Calcutta medical institutions reports 1879-81 [i.e.91]
Year: 1879
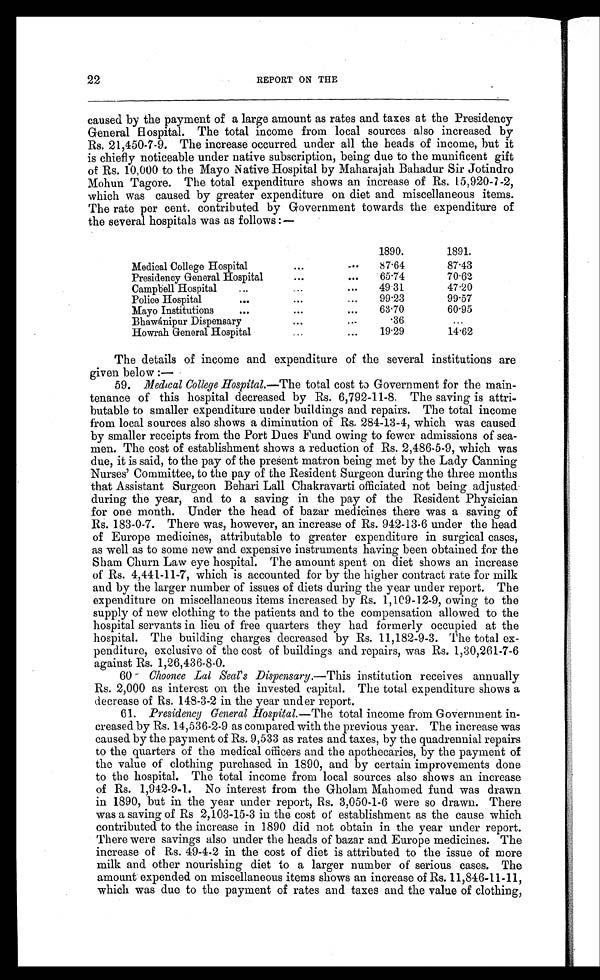
22
REPORT ON THE
caused by the payment of a large amount as rates and taxes at the Presidency
General Hospital. The total income from local sources also increased by
Rs. 21,450-7-9. The increase occurred under all the heads of income, but it
is chiefly noticeable under native subscription, being due to the munificent gift
of Rs. 10,000 to the Mayo Native Hospital by Maharajah Bahadur Sir Jotindro
Mohun Tagore. The total expenditure shows an increase of Rs. 15,920-7-2,
which was caused by greater expenditure on diet and miscellaneous items.
The rate per cent. contributed by Government towards the expenditure of
the several hospitals was as follows:—
1890.
1891.
Medical College Hospital
. . .
. . .
87.64
87.43
Presidency General Hospital
. . .
. . .
65.74
70.62
Campbell Hospital
. . .
...
...
49.31
47.20
Police Hospital
. . .
. . .
...
99.23
99.57
Mayo Institutions
...
. . .
. . .
63.70
60.95
Bhawánipur Dispensary
. . .
. . .
.36
. . .
Howrah General Hospital
...
...
19.29
14.62
The details of income and expenditure of the several institutions are
given below:
—
59. Medical College Hospital.—The total cost to Government for the main-
tenance of this hospital decreased by Rs. 6,792-11-8. The saving is attri-
butable to smaller expenditure under buildings and repairs. The total income
from local sources also shows a diminution of Rs. 284-13-4, which was caused
by smaller receipts from the Port Dues Fund owing to fewer admissions of sea-
men. The cost of establishment shows a reduction of Rs. 2,486-5-9, which was
due, it is said, to the pay of the present matron being met by the Lady Canning
Nurses' Committee, to the pay of the Resident Surgeon during the three months
that Assistant Surgeon Behari Lall Chakravarti officiated not being adjusted
during the year, and to a saving in the pay of the Resident Physician
for one month. Under the head of bazaar medicines there was a saving of
Rs. 183-0-7. There was, however, an increase of Rs. 942-13-6 under the head
of Europe medicines, attributable to greater expenditure in surgical cases,
as well as to some new and expensive instruments having been obtained for the
Sham Churn Law eye hospital. The amount spent on diet shows an increase
of Rs. 4,441-11-7, which is accounted for by the higher contract rate for milk
and by the larger number of issues of diets during the year under report. The
expenditure on miscellaneous items increased by Rs. 1,109-12-9, owing to the
supply of new clothing to the patients and to the compensation allowed to the
hospital servants in lieu of free quarters they had formerly occupied at the
hospital. The building charges decreased by Rs. 11,182-9-3. The total ex-
penditure, exclusive of the cost of buildings and repairs, was Rs. 1,30,261-7-6
against Rs. 1,26,436-8-0.
60. Choonee Lal Seal's Dispensary.—This institution receives annually
Rs. 2,000 as interest on the invested capital. The total expenditure shows a
decrease of Rs. 148-3-2 in the year under report.
61. Presidency General Hospital.— The total income from Government in-
creased by Rs. 14,536-2-9 as compared with the previous year. The increase was
caused by the payment of Rs. 9,533 as rates and taxes, by the quadrennial repairs
to the quarters of the medical officers and the apothecaries, by the payment of
the value of clothing purchased in 1890, and by certain improvements done
to the hospital. The total income from local sources also shows an increase
of Rs. 1,942-9-1. No interest from the Gholam Mahomed fund was drawn
in 1890, but in the year under report, Rs. 3,050-1-6 were so drawn. There
was a saving of Rs 2,103-15-3 in the cost of establishment as the cause which
contributed to the increase in 1890 did not obtain in the year under report.
There were savings also under the heads of bazar and Europe medicines. The
increase of Rs. 49-4-2 in the cost of diet is attributed to the issue of more
milk and other nourishing diet to a larger number of serious cases. The
amount expended on miscellaneous items shows an increase of Rs. 11,846-11-11,
which was due to the payment of rates and taxes and the value of clothing,